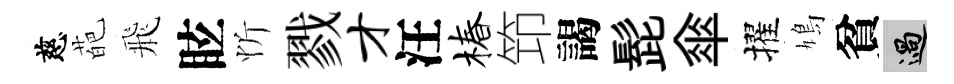
慈葩飛眩忻戮才汪椿笻謁髭傘擢鳩貧過